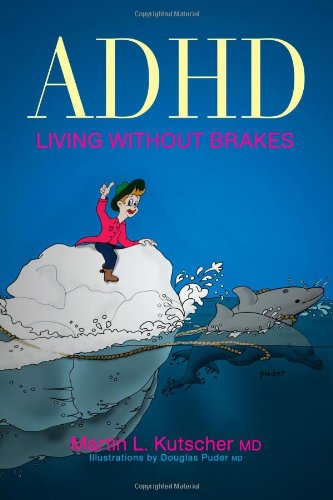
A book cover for ADHD--Living Without Brakes; Martin Kutscher; Health, Fitness & Dieting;